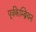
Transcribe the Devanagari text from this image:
पूर्वकेम्ब्रियन